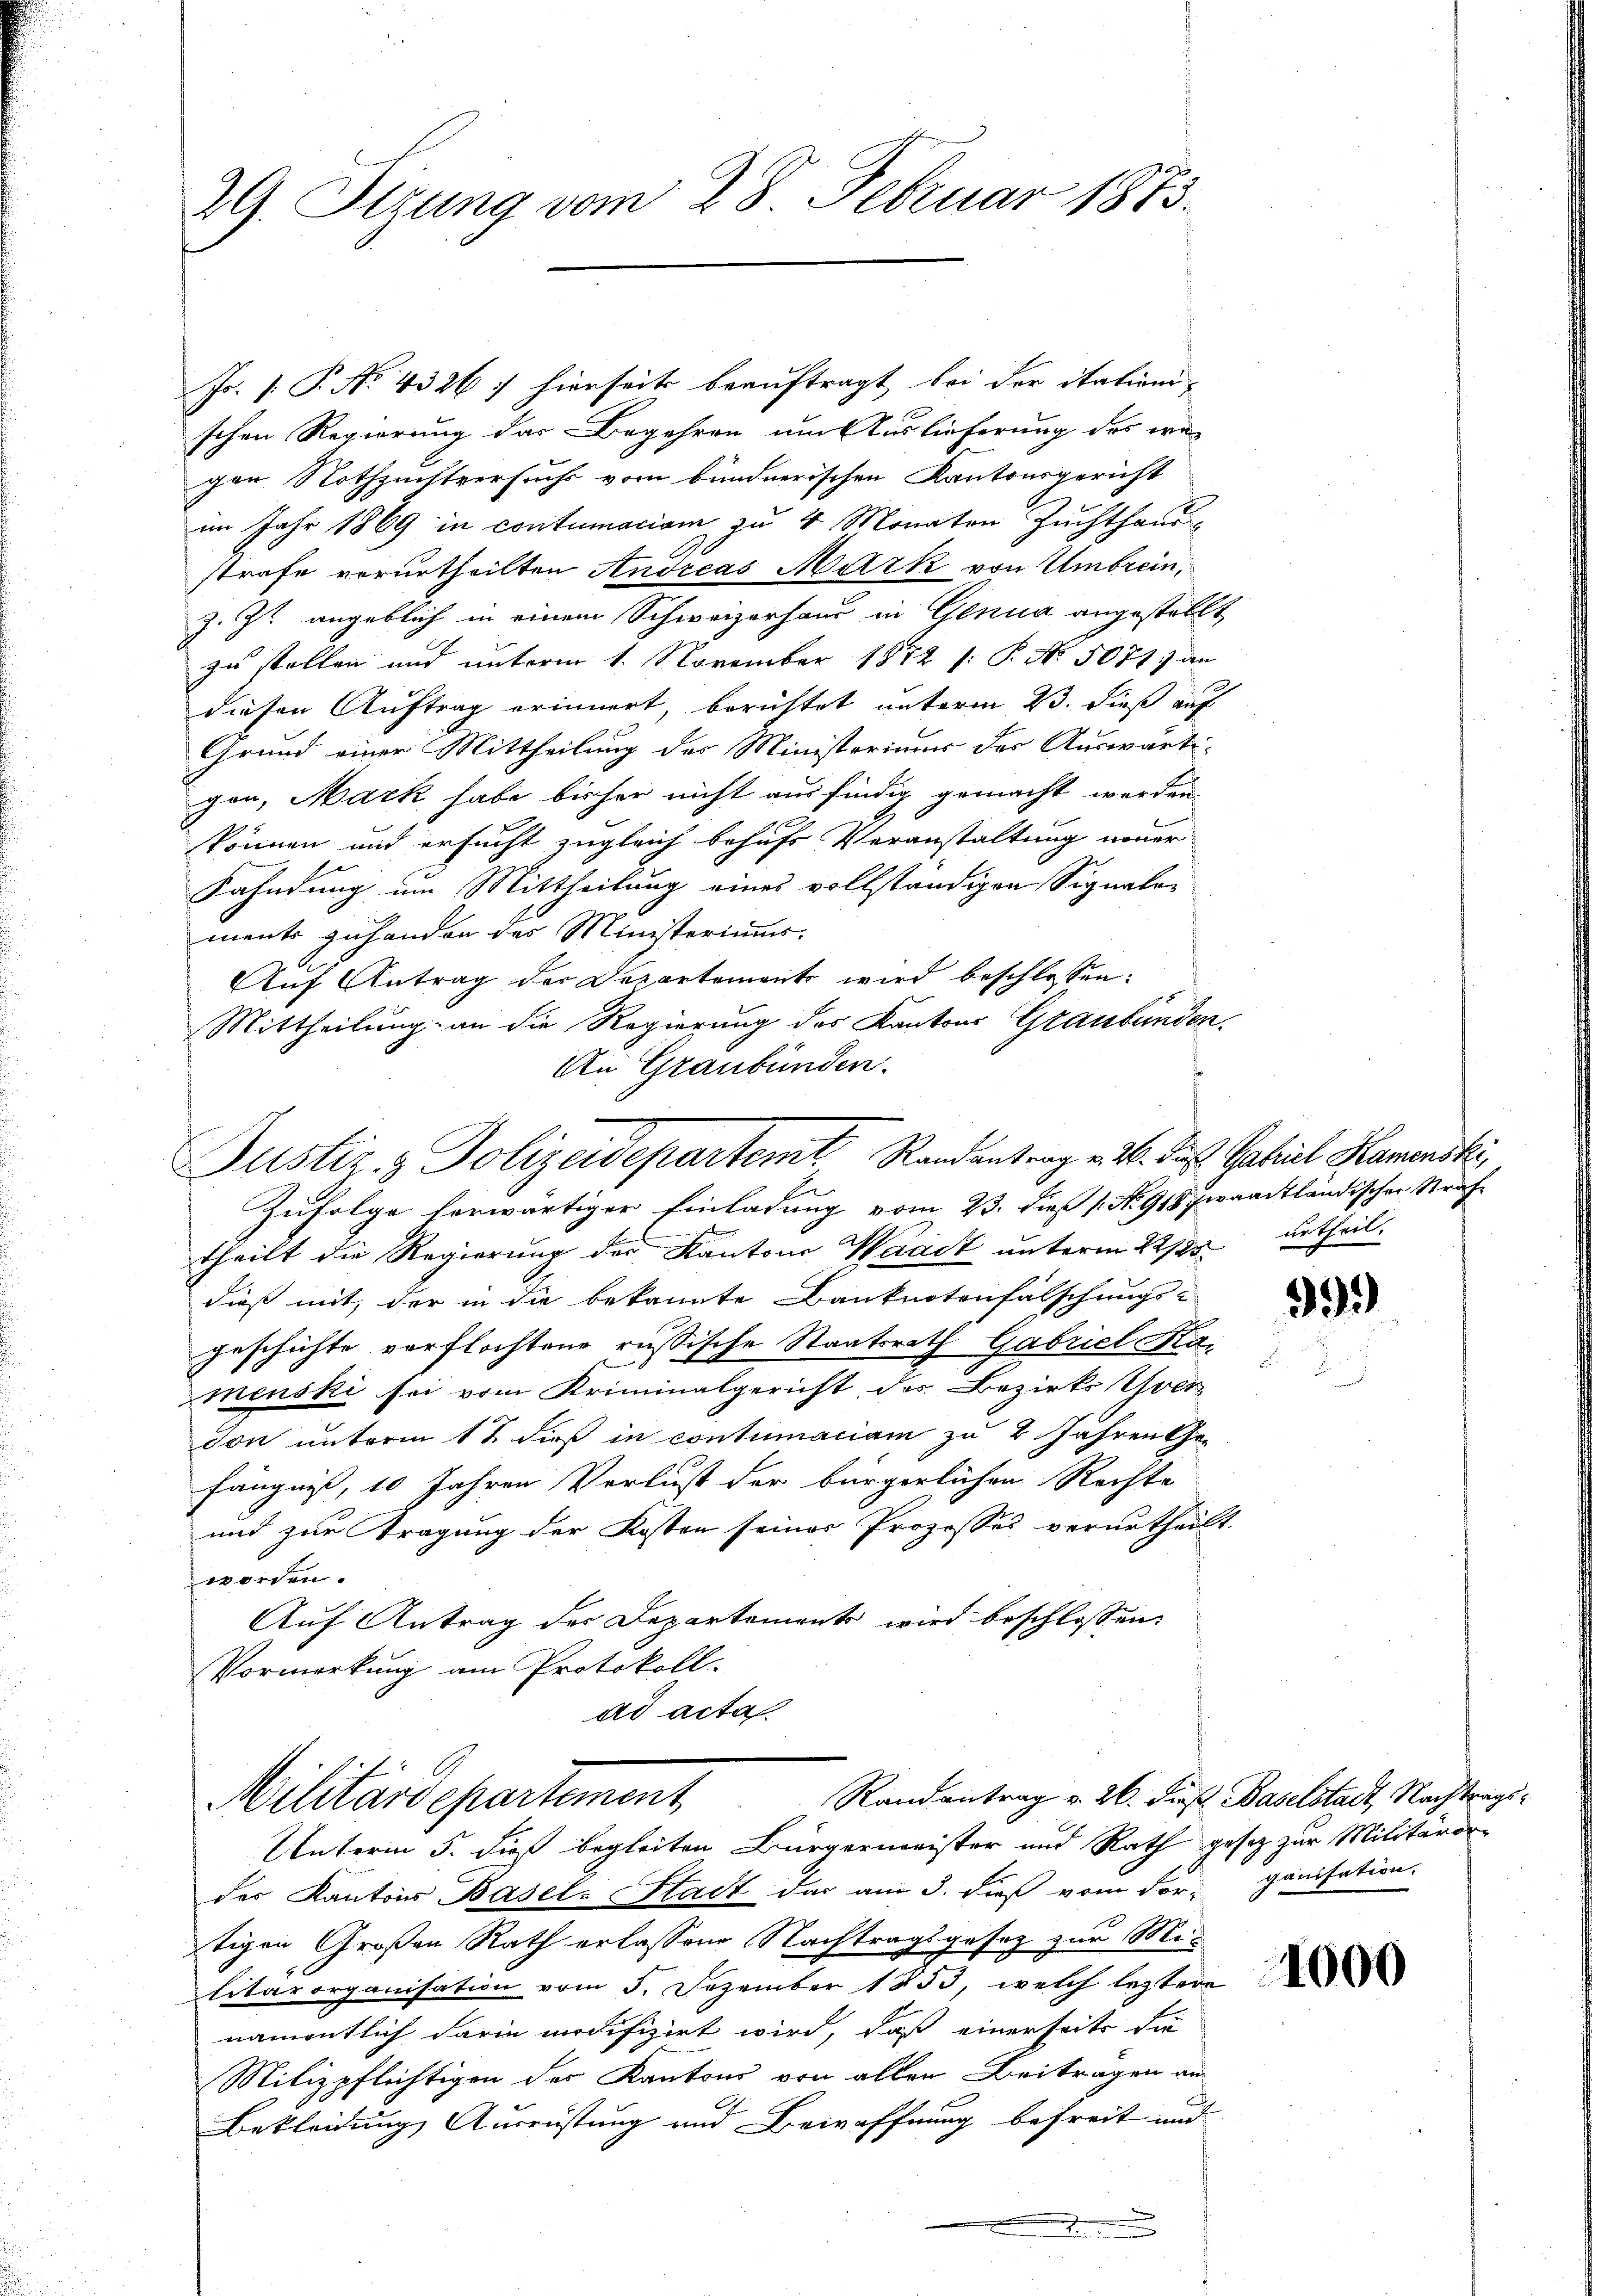
29. Sizung vom 28. Februar 1873.

Js. [: P. No. 4326: hierseits beauftragt bei der itationi-
schen Regierung das Begehren um Auslieferung des wegen Nothzuchtversuchs vom bundnerischen Kantonsgericht
im Jahr 1869 in contumaciam zu 4 Monaten Zuchthaus-
strafe verurtheilten Andreas Mark von Umbrein,
z. Zt. angeblich in einem Schweizerhaus in Genua angestellt,
zu stellen und unterm 1. November 1872 (: P. No. 5071 an
diesen Auftrag erinnert, berichtet unterm 23. dieß auf
Grund einer Mittheilung des Ministeriums des Auswärtigan, Mark habe bisher nicht ausfindig gemacht werden
können und ersucht zugleich behufs Veranstaltung neuer
Kahndung um Mittheilung eines vollständigen Signaler
ment zuhanden das Ministeriums.
Auf Antrag der Departement wird beschlossen:
Mittheilung an die Regierung des Kantons Graubünden.
An Graubünden.
Justiz & Polizeidepartemt Randantrag v. 26. die Gabriel Kamenski,
Zufolge herwärtiger Einladung vom 23. dieß 1. No 918 waadtländischer Strafe
theilt die Regierung des Kantons Waadt unterm 22/2 urtheildieß mit, der in die bekannte Banknotenfalschungs-
geschichte verflochtene russische Staatsrath Gabriel Hamenski sei vom Kriminalgericht, des Bezirks Yver
don unterm 12 dieß in contumaciam zu 2 Jahren Gefängniß, 10 Jahren Verlust der bürgerlichen Rechte
und zur Tragung der Kosten seiner Prozesses verurtheilt.
worden.
Auf Antrag der Departements wird beschlossen:
Vormerkung am Protokoll.
ad acta

Militärdepartement

Unterm 5. dies begleiten Bürgermeister und Rath gesez zur Militäror
der Kantons Basel-Stadt das am 3. dieß vom For- ganisation.
tigen Großen Rath erlassene Nachtragsgesetz zur Militärorganisation vom 5. Dezember 1853, welch leztere
namentlich darin modifizirt wird, daß einerseits die
Milizpflichtigen der Kantons von allen Beitragen an
Bekleidung Ausrüstung und Bewaffnung befreit und
.................

99

Randantrag v. 26. dieß Baselstadt, Nachtrags¬

1000